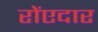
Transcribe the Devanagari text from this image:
रोंएदार